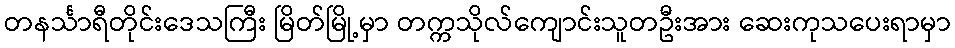
တနင်္သာရီတိုင်းဒေသကြီး မြိတ်မြို့မှာ တက္ကသိုလ်ကျောင်းသူတဦးအား ဆေးကုသပေးရာမှာ